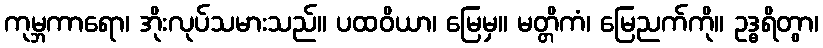
ကုမ္ဘကာရော၊ အိုးလုပ်သမားသည်။ ပထဝိယာ၊ မြေမှ။ မတ္တိကံ၊ မြေညက်ကို။ ဥဒ္ဓရိတွာ၊